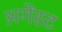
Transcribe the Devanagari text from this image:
अगेंस्‍ट